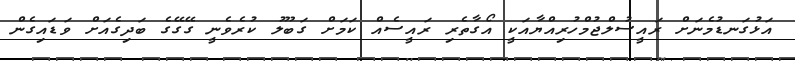
އަޅުގަނޑުމެނަށް ރައީސުލްޖުމްހުރިއްޔާއަކީ އޯގާތެރި ރައީސެއް ކަމަށް ގަބޫލު ކުރެވެނީ ގޭގޭގެ ބަދިގެއަށް ވަޑައިގެން